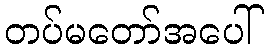
တပ်မတော်အပေါ်